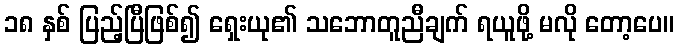
၁၈ နှစ် ပြည့်ပြီဖြစ်၍ ရှေးယု၏ သဘောတူညီချက် ရယူဖို့ မလို တော့ပေ။